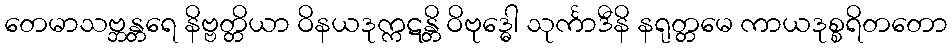
တေမာသဗ္ဘန္တရေ နိဗ္ဗတ္တိယာ ဝိနယဒုက္ကဋန္တိ ဝိဗုဒ္ဓေါ သုင်္ကာဒီနိ နရုတ္တမေ ကာယဒုစ္စရိတတော